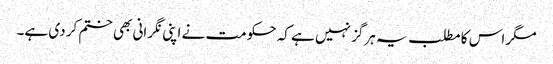
مگر اس کا مطلب یہ ہرگز نہیں ہے کہ حکومت نے اپنی نگرانی بھی ختم کر دی ہے۔